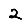
Digit: 2